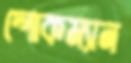
স্পোকম্যান